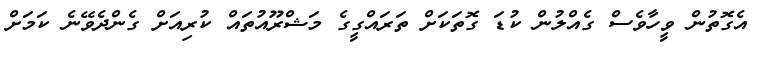
އެގޮޮތުން ވީހާވެސް ގެއްލުން ކުޑަ ގޮތަކަށް ތަރައްގީގެ މަޝްރޫއުތައް ކުރިއަށް ގެންދެވޭނެ ކަމަށް